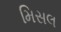
મિસલ